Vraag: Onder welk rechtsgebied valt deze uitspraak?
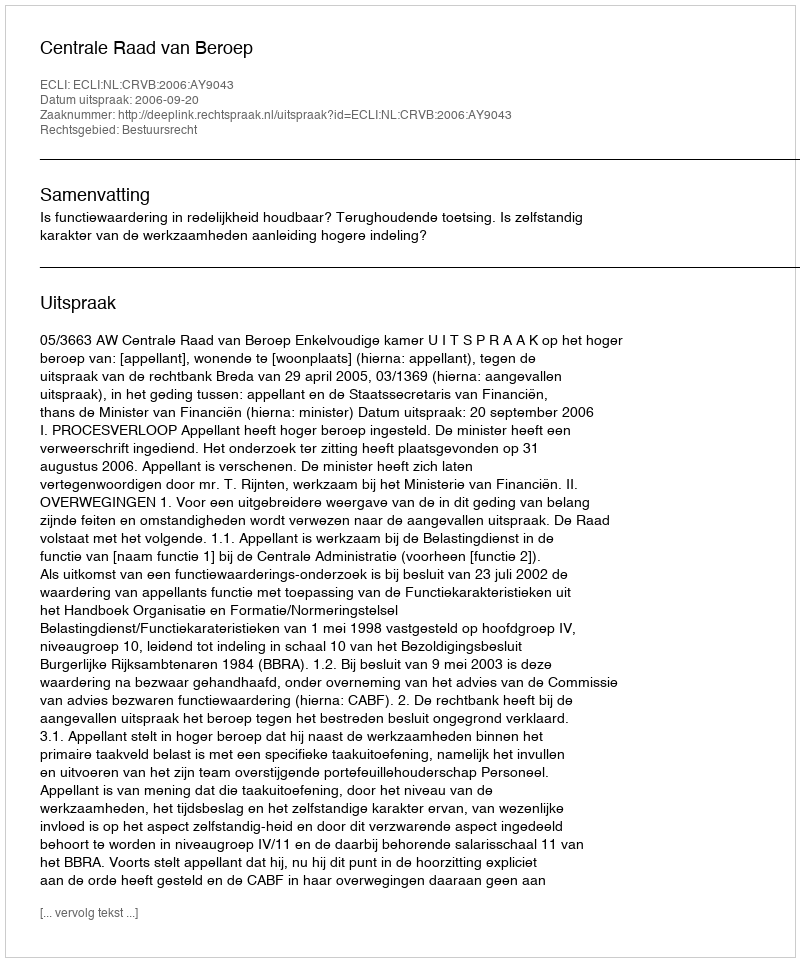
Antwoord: Bestuursrecht